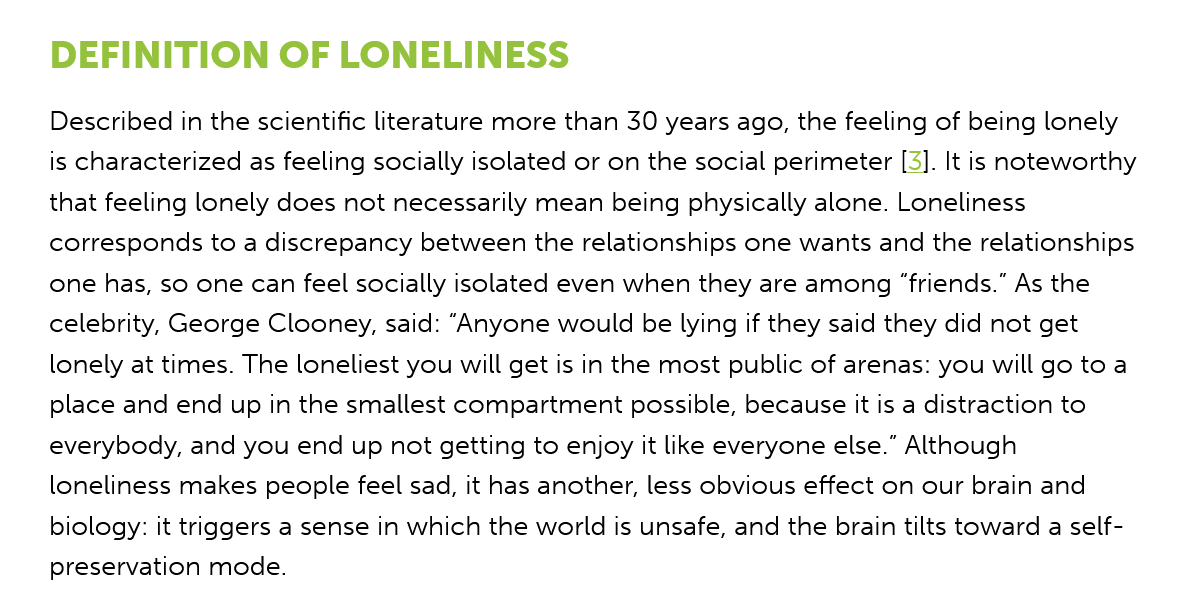
DEFINITION    OF   LONELINESS
    Described in the scientific literature more than 30 years ago, the feeling of being lonely
    is characterized as feeling socially isolated or on the social perimeter [3]. It is noteworthy
    that feeling lonely does not necessarily mean being physically alone. Loneliness
    corresponds to a discrepancy between the relationships one wants and the relationships
    one has, so one can feel socially isolated even when they are among “friends.” As the
    celebrity, George Clooney, said: “Anyone would be lying if they said they did not get
    lonely at times. The loneliest you will get is in the most public of arenas: you will go toa
    place and end up in the smallest compartment possible, because it is a distraction to
    everybody, and you end up not getting to enjoy it like everyone else.” Although
    loneliness makes people feel sad, it has another, less obvious effect on our brain and
    biology: it triggers a sense in which the world is unsafe, and the brain tilts toward a self-
    preservation mode.